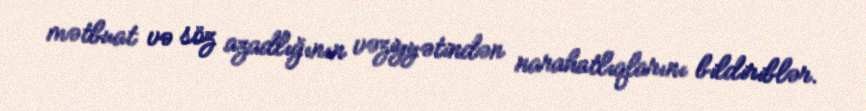
mətbuat və söz azadlığının vəziyyətindən narahatlıqlarını bildiriblər.